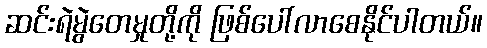
ဆင်းရဲမွဲတေမှုတို့ကို ဖြစ်ပေါ်လာစေနိုင်ပါတယ်။